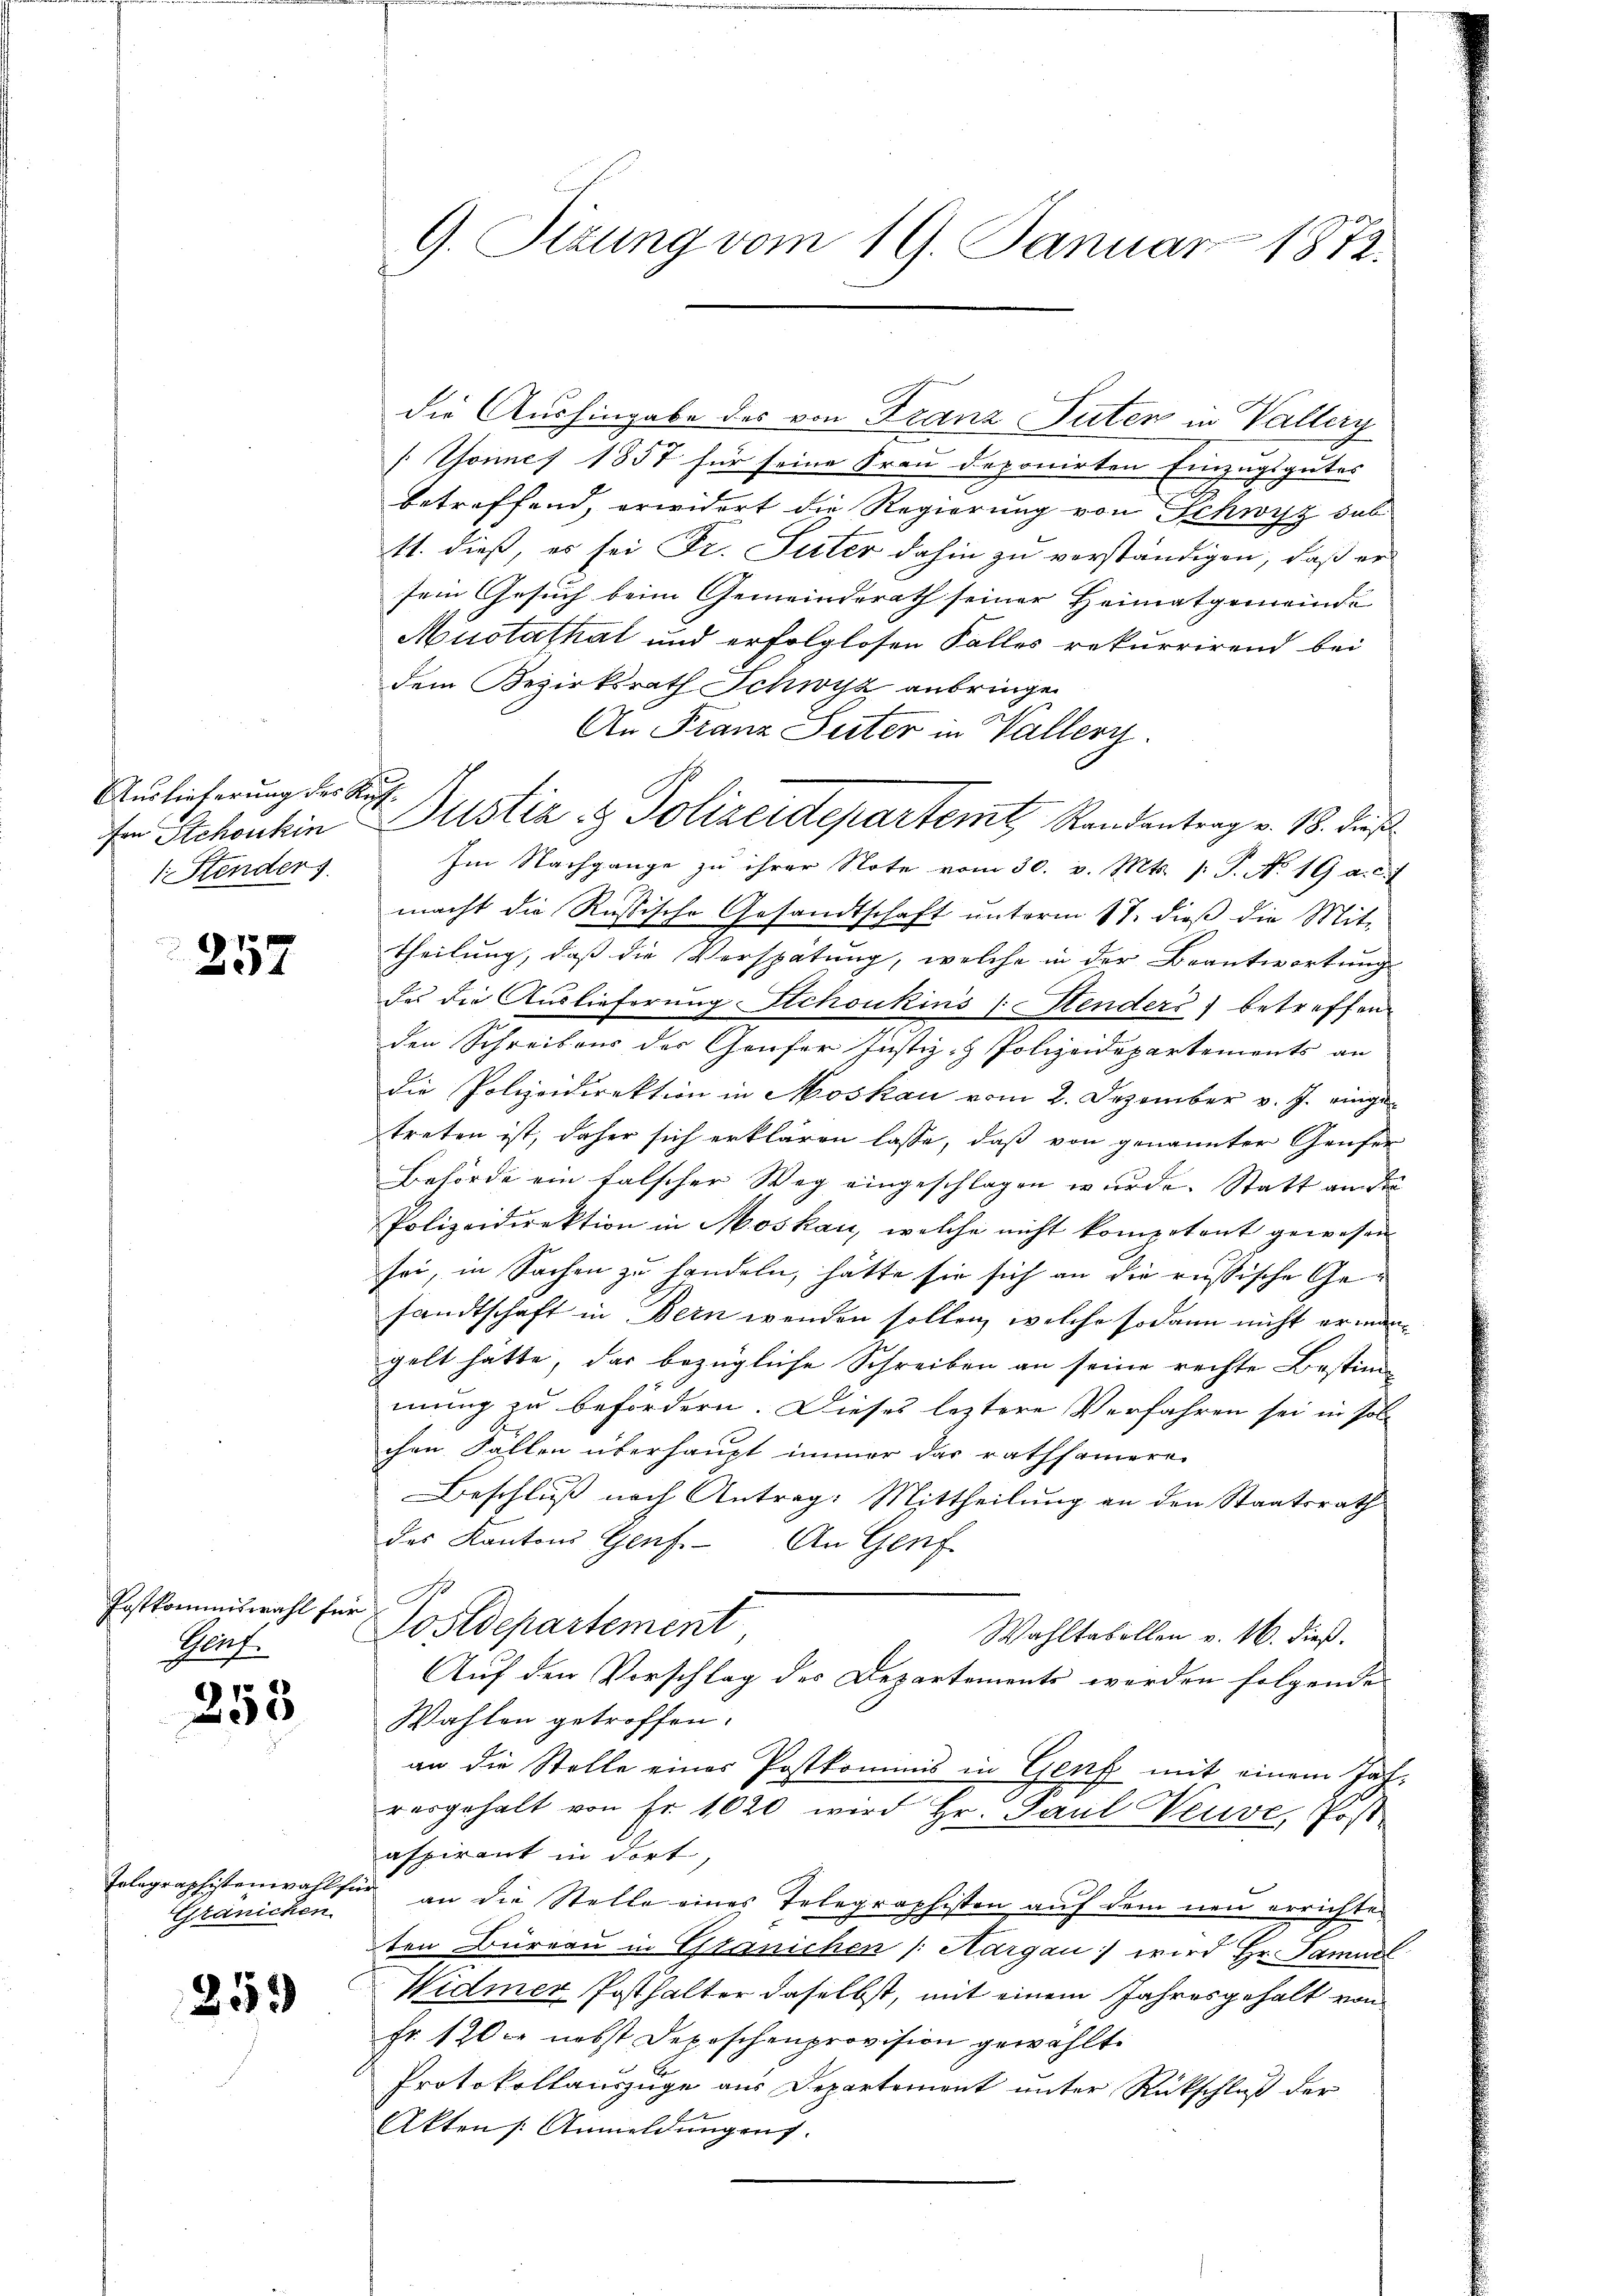
Auslieferung des Re
fen Stchoukin
Stenders

257

Postkommiswahl für
Prof.

258

Telegraphistenwahl fü
Gränichen

259

G. Sizung vom 19. Januar 1872.

die Aushingabe des von Franz Tuten in Vallerg
[Gomnes 1857 für seine Frau deponirten Einzugsgutes
betreffend, erwidert die Regierung von Schwyz sub
11. dieß, es sei Dr. Seiter dahin zu verständigen, daß er
sem Gesuch beim Gemeinderath seiner Heimatgemeinde
Muotathal und erfolglosen Falles rekurrirend bei
dem Bezirksrath Schwyz anbringen
An Franz Seiter in Vallerg
.
Justiz- & Polizeidepartemt, Randentrag v. 18. Jus
Im Nachgange zu ihrer Note vom 30. v. Mts. (T. No. 19 a. c.
macht die Russische Gesandtschaft ŭnterm 17. dieβ die Mit-
theilung, daß die Verspätung, welche in der Beantwortung
des die Auslieferung Schoukins (Stenders) betreffen
den Schreibens der Genfer Justiz- & Polizeidepartements an
die Polizeidirektion in Moskau vom 2. Dezember v. J. eingetreten ist, daher sich erklären lasse, daß von genannter Grufen
Behörde ein falscher Weg eingeschlagen wurde. Statt an der
Polizeidirektion in Moskau, welche nicht kompetent gewesen
sei, in Sachen zu handeln, hätte sie sich an die russische Gesandtschaft in Bein wenden sollen, welche sodann nicht ermangelt hatte, das bezügliche Schreiben an seine rechte Bestim-
mung zu befördern. Dieses leztere Verfahren sei in soll
chen Fallen überhaupt immer das rathsamere
Beschluß nach Antrag: Mittheilung an den Staatsrath
des Kantons Genf. An Genf
 No
Postdepartement,
Wahltabellen v. 16. dieß.
Auf den Vorschlag des Departements werden folgende
Wahlen getroffen.
an die Stelle einer Postkommis in Genf mit einem Jahvergehalt von Fr. 1020 wird Hr. Paul Veuve, Post
aspirant in dort
an die Stelle eines Telegraphisten auf dem neu errichte
ten Büreau in Eissnichen /: Aargau wird Hr. Samuel
Widmer Posthalter daselbst, mit einem Jahresgehalt von
Fr. 1200. nebst Depeschenprovision gewählt.
Protokollauszuge aus Departement unter Rückschluß der
Akten [Anmeldungen.